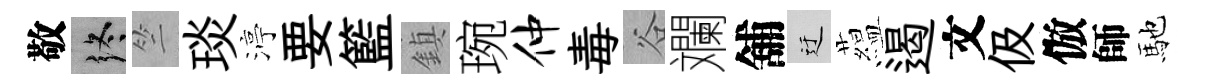
敬终竺琰渟要籃鎮琬仲毒谷斕舖迂藴遏文伋倣師馳